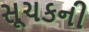
સૂચકની